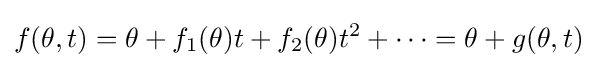
\displaystyle f(\theta ,t)=\theta +f_{1}(\theta )t+f_{2}(\theta )t^{2}+\cdots =\theta +g(\theta ,t)